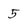
Character: 5